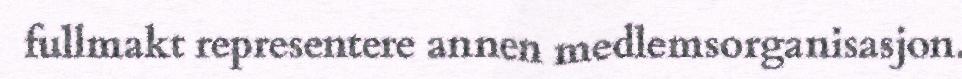
fullmakt representere annen medlemsorganisasjon.